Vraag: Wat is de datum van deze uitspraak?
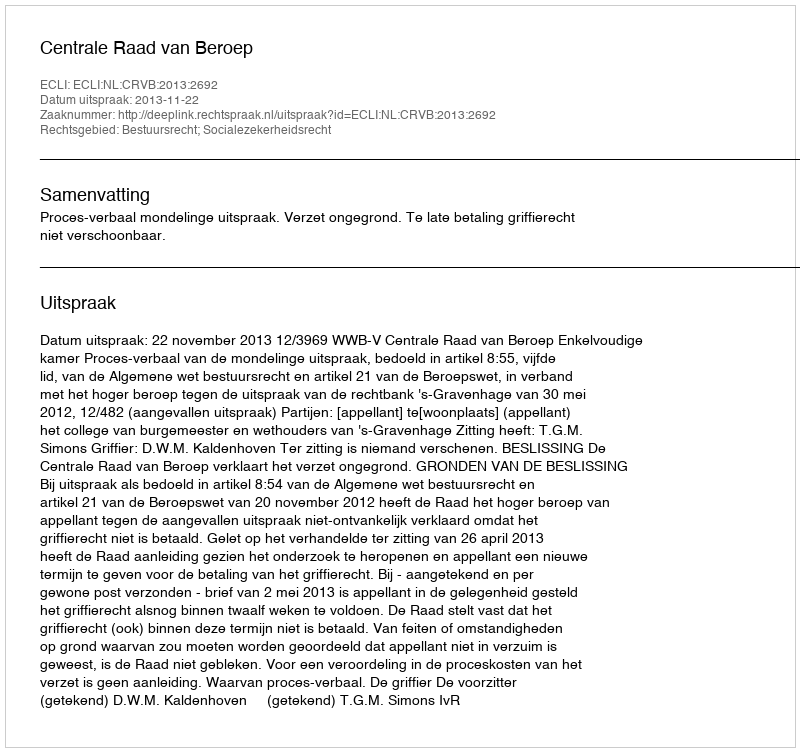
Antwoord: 2013-11-22